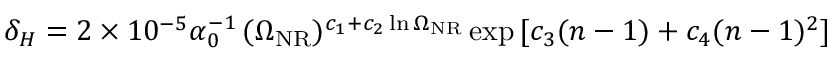
\delta _ { H } = 2 \times 1 0 ^ { - 5 } \alpha _ { 0 } ^ { - 1 } \, ( \Omega _ { \mathrm { N R } } ) ^ { c _ { 1 } + c _ { 2 } \ln \Omega _ { \mathrm { N R } } } \exp { [ c _ { 3 } ( n - 1 ) + c _ { 4 } ( n - 1 ) ^ { 2 } ] }